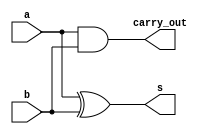

// Exemplo0021  SOMADOR_3bits
// Nome: tila Martins Silva Jnior

// somador 3 bits

//--meia soma
module meiaSoma(output carry_out,output s,input a,input b);
	xor(s,a,b);
	and(carry_out,a,b);
endmodule 

//--somador completo
module somador(output carry_out, output s, input a, input b, carry_in);
		wire s1, co1, co2;
		meiaSoma MS1 (co1, s1, a, b);
		meiaSoma MS2 (co2, s, s1, carry_in);
		or(carry_out, co2, co1);
endmodule

//--somador 3bits
module somador3bits (output carry_out, output[2:0] s,
 input[2:0] a, input[2:0] b, input carry_in);

	wire co1,co2,co3;
	somador S0 (co1, s[0], a[0], b[0], carry_in);
	somador S1 (co2, s[1], a[1], b[1], co1);
	somador S2 (carry_out, s[2], a[2], b[2], co2);
endmodule

//--teste
module testSomador;

//--instancias
reg carryIn;
reg [2:0] x;
reg [2:0] y;
wire [2:0] soma;
wire carryOut;

somador3bits S3b (carryOut, soma, x, y, carryIn);

initial begin
$display("Exemplo0021 - tila Martins Silva Jnior - 449014");
$display("Test ALUs Soma 3 bits");
carryIn = 0; x = 3'b001; y = 3'b001; 
$monitor("carry_in: %b\ta: %b\tb: %b\ts: %b\tcarry_out: %b",carryIn, x, y, soma, carryOut);
#1 carryIn = 0; x = 3'b101; y = 3'b001; 
#1 carryIn = 0; x = 3'b111; y = 3'b001;
#1 carryIn = 1; x = 3'b101; y = 3'b101;
#1 carryIn = 1; x = 3'b100; y = 3'b011;
end
endmodule